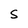
Character: S